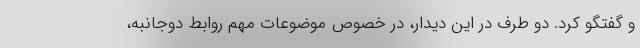
و گفتگو کرد. دو طرف در این دیدار، در خصوص موضوعات مهم روابط دوجانبه،